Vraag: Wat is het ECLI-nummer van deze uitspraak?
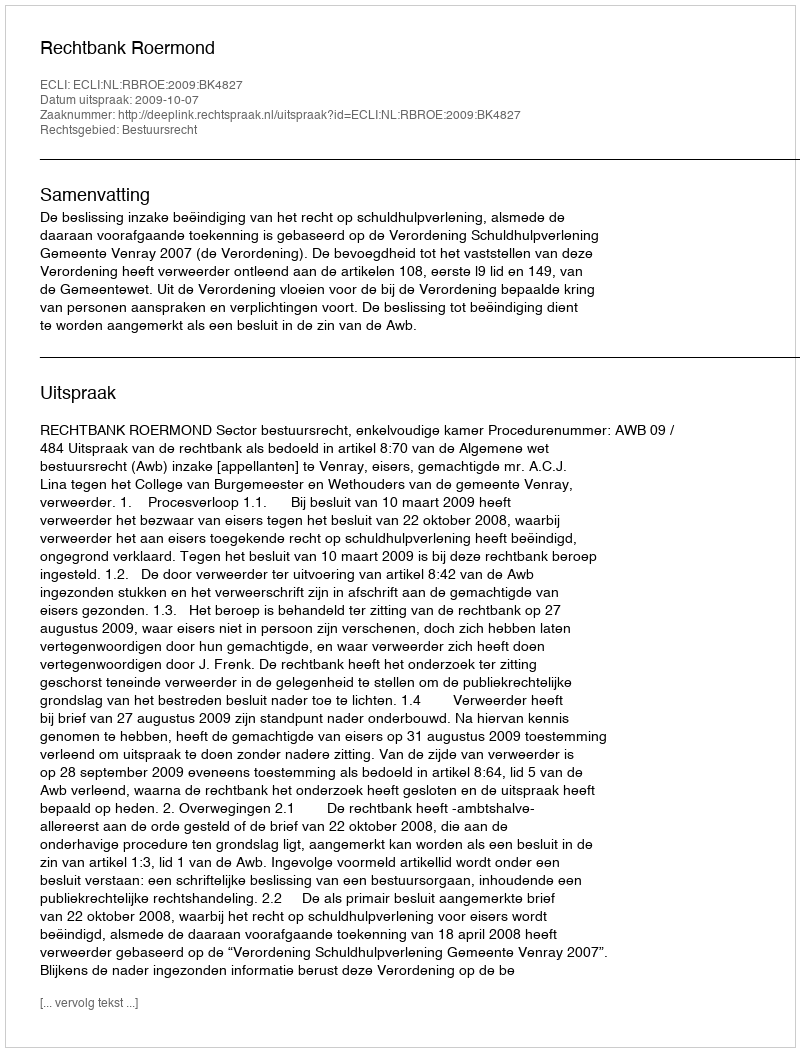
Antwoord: ECLI:NL:RBROE:2009:BK4827